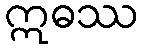
ဣဓဿ